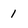
Character: 1